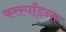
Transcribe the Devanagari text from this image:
करस्‍पाँडन्स